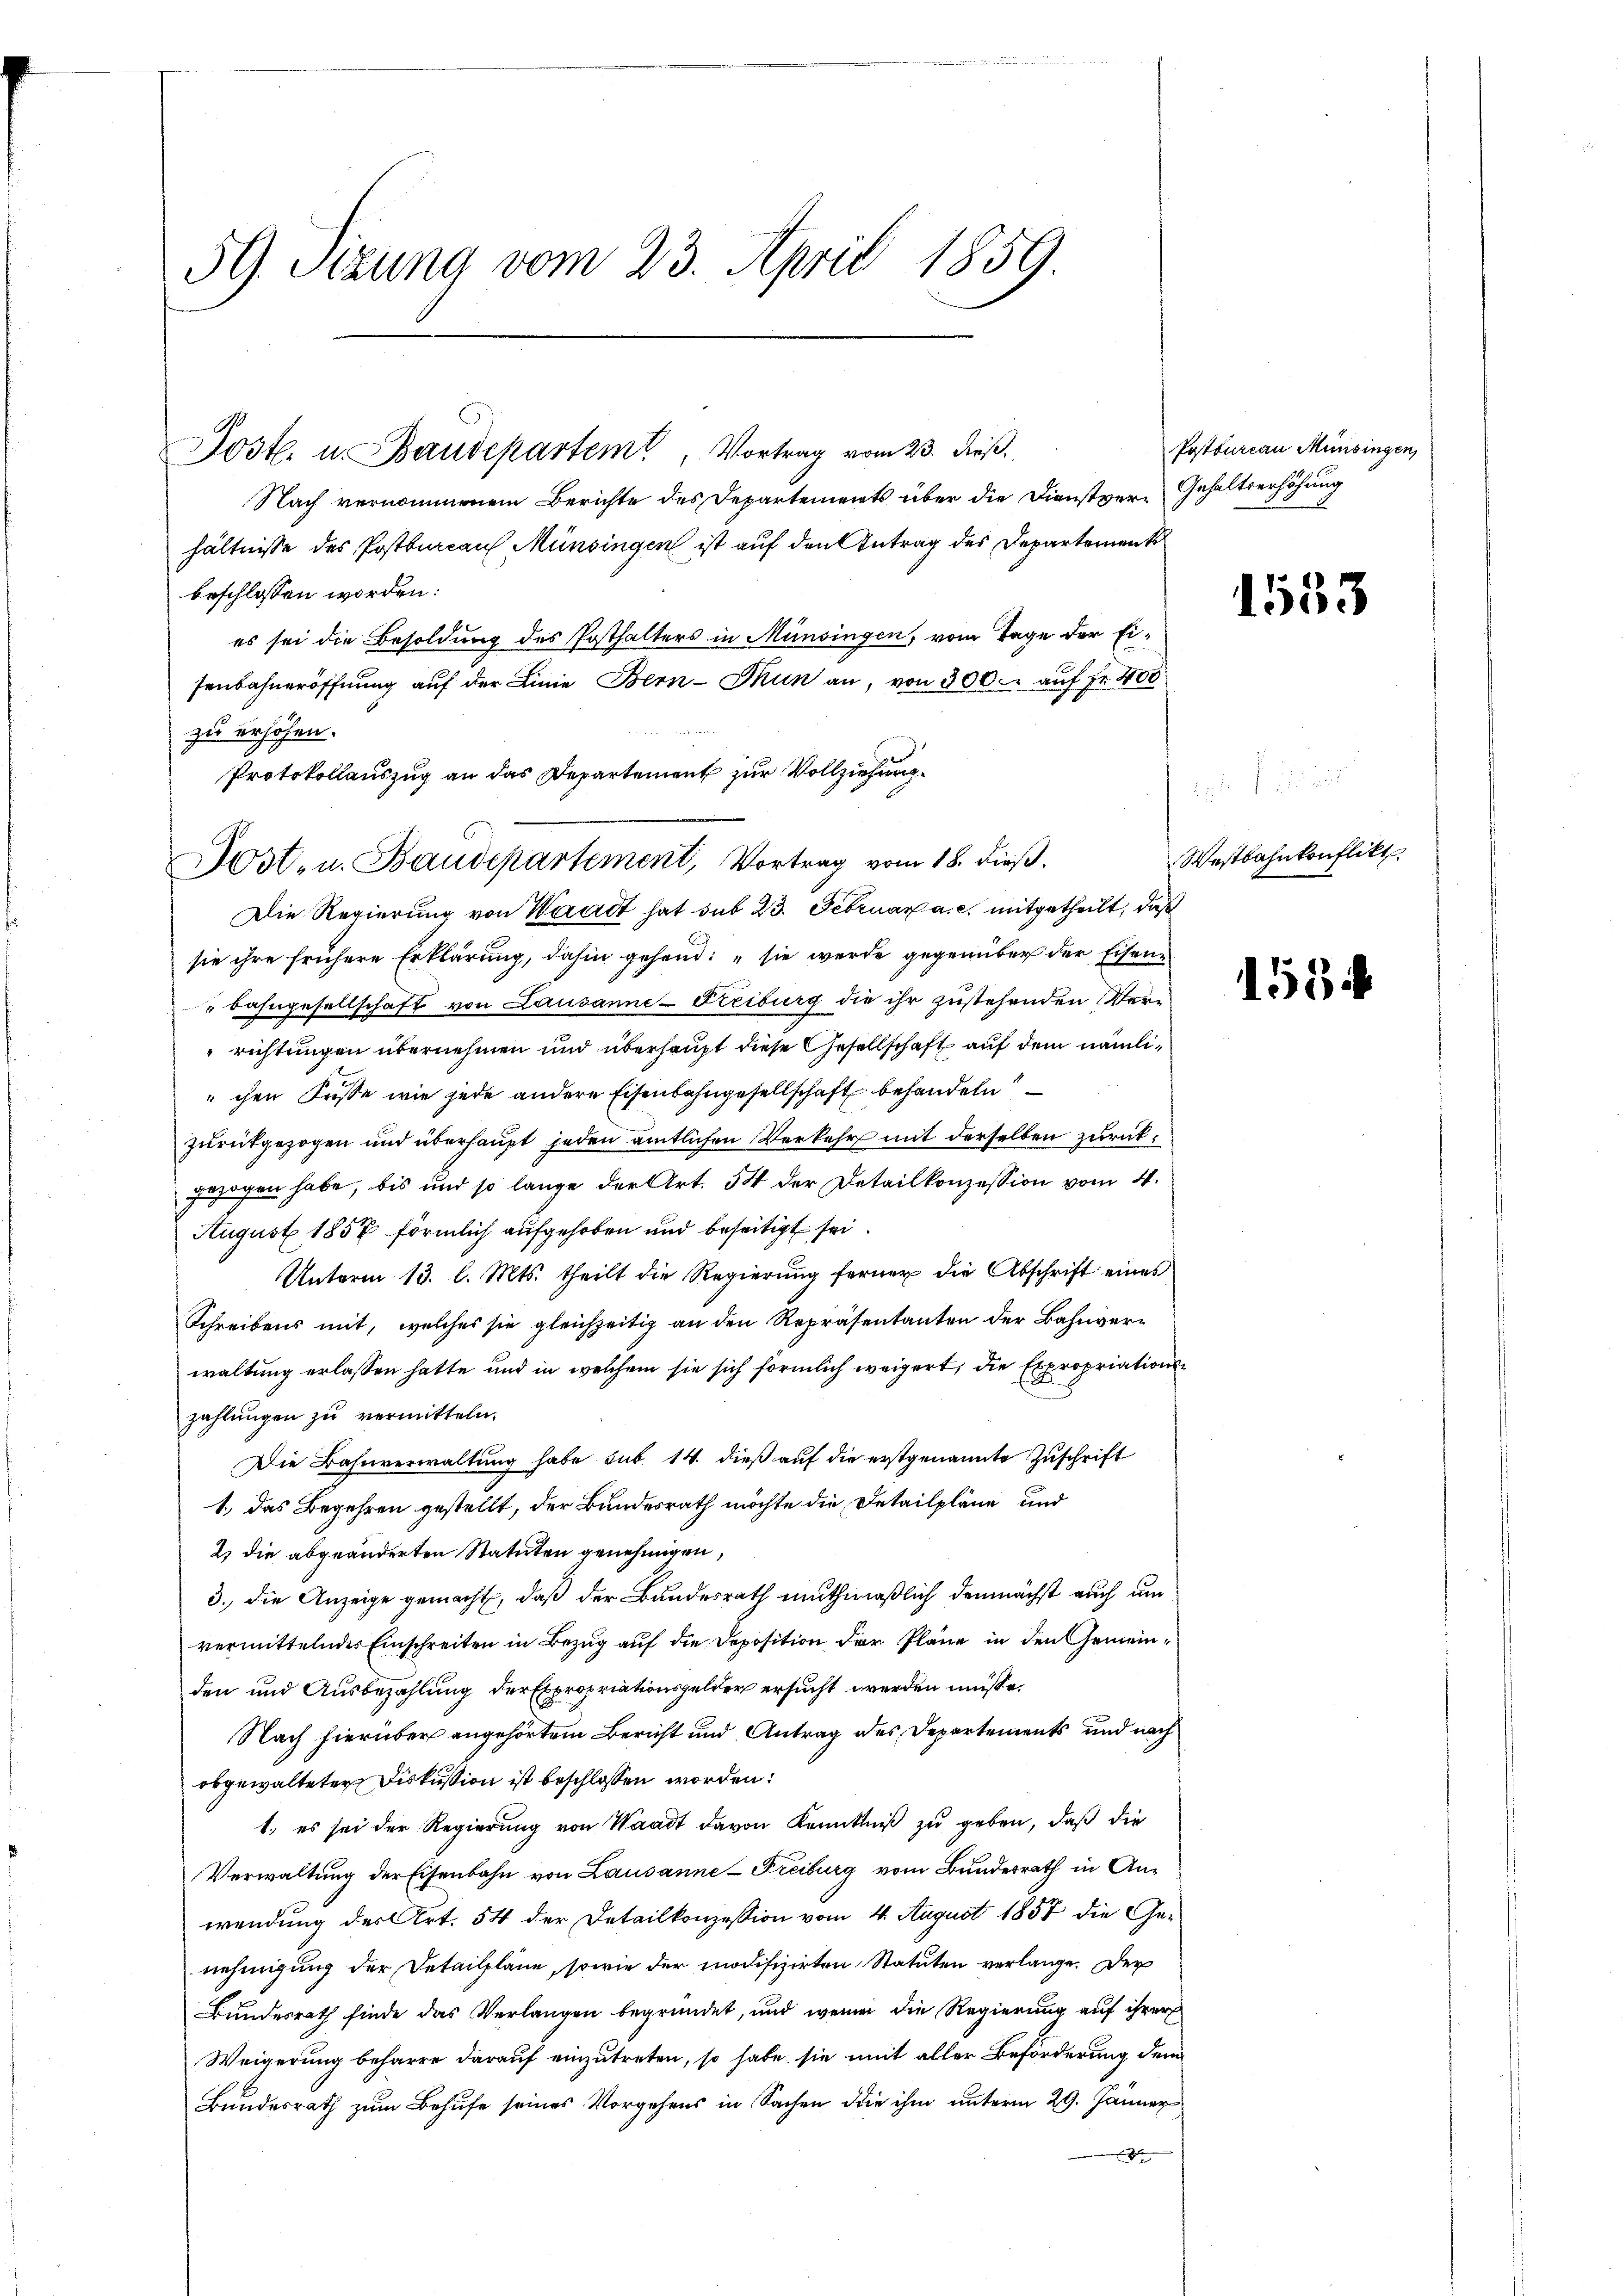
59. Sitzung vom 23. April 1859

Jostl. u. Baudepartem Vortrag vom 23. dieβ.
Nach vernommenem Berichte des Departements über die Dienstver-Gehaltserhöhung
hältnisse des Postbureau Münsingen ist auf den Antrag des Departement
beschlossen worden:
es sei die Besoldung des Posthalters in Münsingen, vom Tage der Eisenbahneröffnung auf der Linie Bern-Thun an, von 300. auf Fr. 400
zu erhöhen.
.
Die Regierung von Waadt hat sub 23. Februar a. c. mitgetheilt, daß
sie ihre frühere Erklärung, dahin gehend: „sie werde gegenüber der Eisen¬
 Bahngesellschaft von Lausanne-Freiburg die ihr zustehenden Verrichtungen übernehmen und überhaupt diese Gesellschaft auf dem nämlichen Füsse wie jede andere Eisenbahngesellschaft behandeln
zurückgezogen und überhaupt jeden amtlichen Verkehr mit derselben zurückgezogen habe, bis und so lange der Art. 54 der Detailkonzession vom 4.
August 1857 förmlich aufgehoben und beseitigt sei
Unterm 13. l. Mts. theilt die Regierŭng ferner die Abschrift eines
Schreibens mit, welches sie gleichzeitig an den Repräsentanten der Bahnverwaltung erlassen hatte und in welchem sie sich förmlich weigert, die Expropriationszahlungen zu vermitteln.
Die Bahnverwaltung habe sub 14. dieß auf die erstgenannte Zuschrift
1., das Begehren gestellt, der Bundesrath möchte die Detailpläne und
2) die abgeänderten Statuten genehmigen,
3.) die Anzeige gemacht, daß der Bundesrath muthmaßlich demnächst auch um
vermittelnder Einschreiten in Bezug auf die Deposition der Pläne in den Gemeinden und Ausbezahlung der Expropriationsgelder ersucht werden müsse.
Nach hierüber angehörtem Bericht und Antrag des Departements und nach
obgewalteter Diskussion ist beschlossen worden:
1., es sei der Regierung von Waadt davon Kenntniß zu geben, daß die
Verwaltung der Eisenbahn von Lausanne-Freiburg vom Bundesrath in Anwendung der Art. 54 der Detailkonzession vom 4. August 1857 die Genehmigung der Detailpläne, sowie der modifizierten Statuten verlange. Der
Bundesrath finde das Verlangen begründet, und wenn die Regierung auf ihrer
Weigerung beharre darauf einzutreten, so habe sie mit aller Beförderung dem
Bundesrath zum Behufe seines Vorgehens in Sachen die ihm unterm 29. Jänner
x

Protokollauszug an das Departement zur Vollziehung
Jost- u. Baudepartement, Vortrag vom 18. dieß.

Postbureau Münsingen,

1533

Westbahnkonflikt.

1554